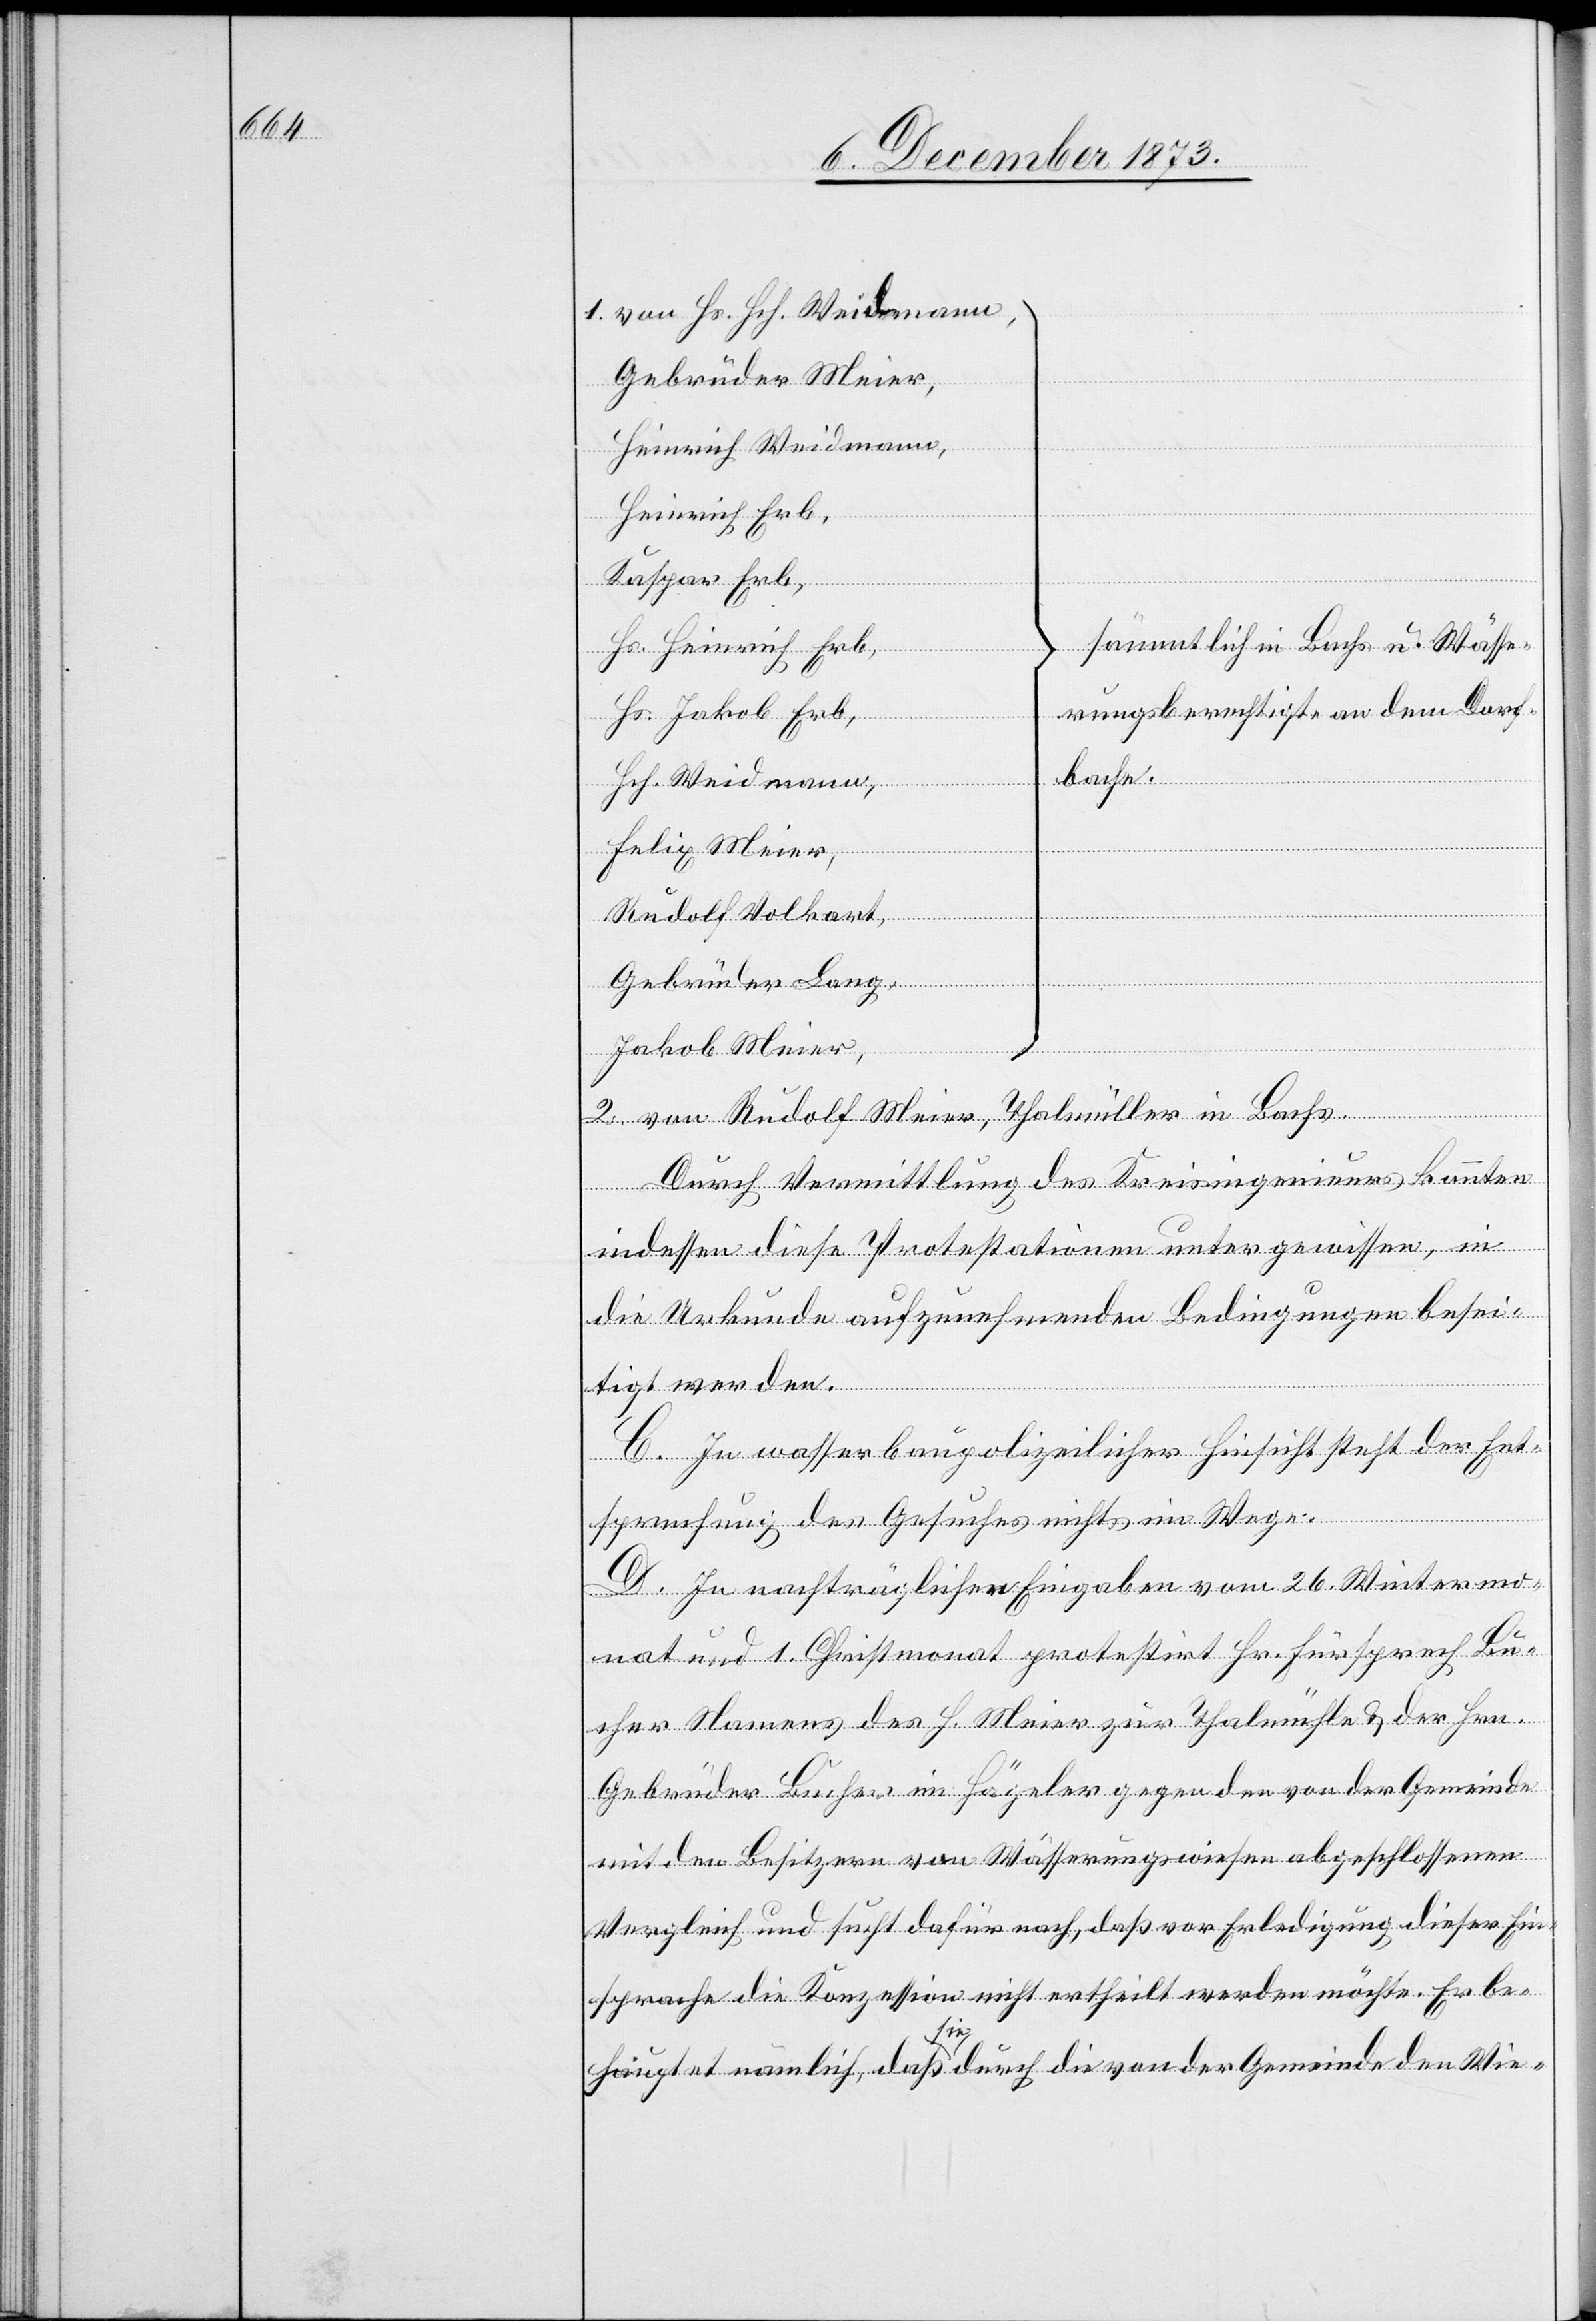
1. von Hs. Hch. Weidmann,
Gebrüder Meier,
Heinrich Weidmann,
Heinrich Erb,
Kaspar Erb,
sämmtlich in Bachs u. Wässe¬
Hs. Heinrich Erb,
rungsberechtigte an dem Dorf¬
Hs. Jakob Erb,
bache.
Hch. Weidmann,
Felix Meier,
Rudolf Volkart,
Gebrüder Lang,
Jakob Meier,
2. von Rudolf Meier, Thalmüller in Bachs.
Durch Vermittlung des Kreisingenieurs könnten
indessen diese Protestationen unter gewissen, in
die Urkunde aufzunehmenden Bedingungen besei¬
tigt werden.
C. In wasserbaupolizeilicher Hinsicht steht der Ent¬
sprechung des Gesuches nichts im Wege.
D. In nachträglichen Eingaben vom 26. Wintermo¬
nat und 1. Christmonat protestirt Hr. Fürsprech Bu¬
cher Namens des H. Meier zur Thalmühle & der Hrn.
Gebrüder Bucher im Hägeler gegen den von der Gemeinde
mit den Besitzern von Wässerungswiesen abgeschlossenen
Vergleich und sucht dafür nach, daß vor Erledigung dieser Ein¬
sprache die Konzession nicht ertheilt werden möchte. Er be¬
hauptet nämlich, daß sie durch die von der Gemeinde den Wie-